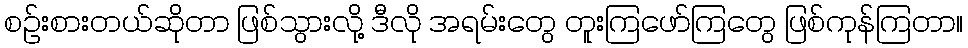
စဉ်းစားတယ်ဆိုတာ ဖြစ်သွားလို့ ဒီလို အရမ်းတွေ တူးကြဖော်ကြတွေ ဖြစ်ကုန်ကြတာ။